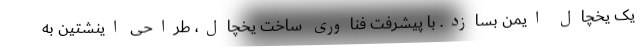
یک یخچال ایمن بسازد. با پیشرفت فناوری ساخت یخچال، طراحی اینشتین به